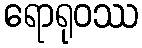
ရောရုဝဿ